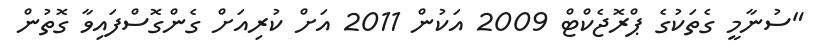
"ސުނާމީ ގެތަކުގެ ޕްރޮޖެކްޓް 2009 އަކުން 2011 އަށް ކުރިއަށް ގެންގޮސްފައިވާ ގޮތުން